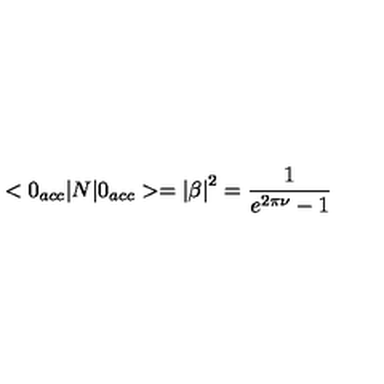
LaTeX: < 0 _ { a c c } | N | 0 _ { a c c } > = \left| \beta \right| ^ { 2 } = \frac { 1 } { e ^ { 2 \pi \nu } - 1 }